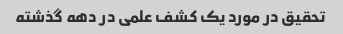
تحقیق در مورد یک کشف علمی در دهه گذشته